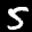
Label: 5